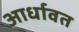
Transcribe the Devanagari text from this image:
आर्धावत